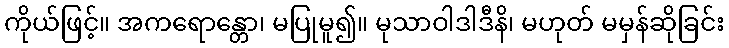
ကိုယ်ဖြင့်။ အကရောန္တော၊ မပြုမူ၍။ မုသာဝါဒါဒီနိ၊ မဟုတ် မမှန်ဆိုခြင်း